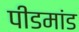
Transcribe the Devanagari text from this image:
पीडमांड